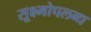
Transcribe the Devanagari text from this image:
सूक्ष्मोपलब्ध